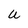
Character: U